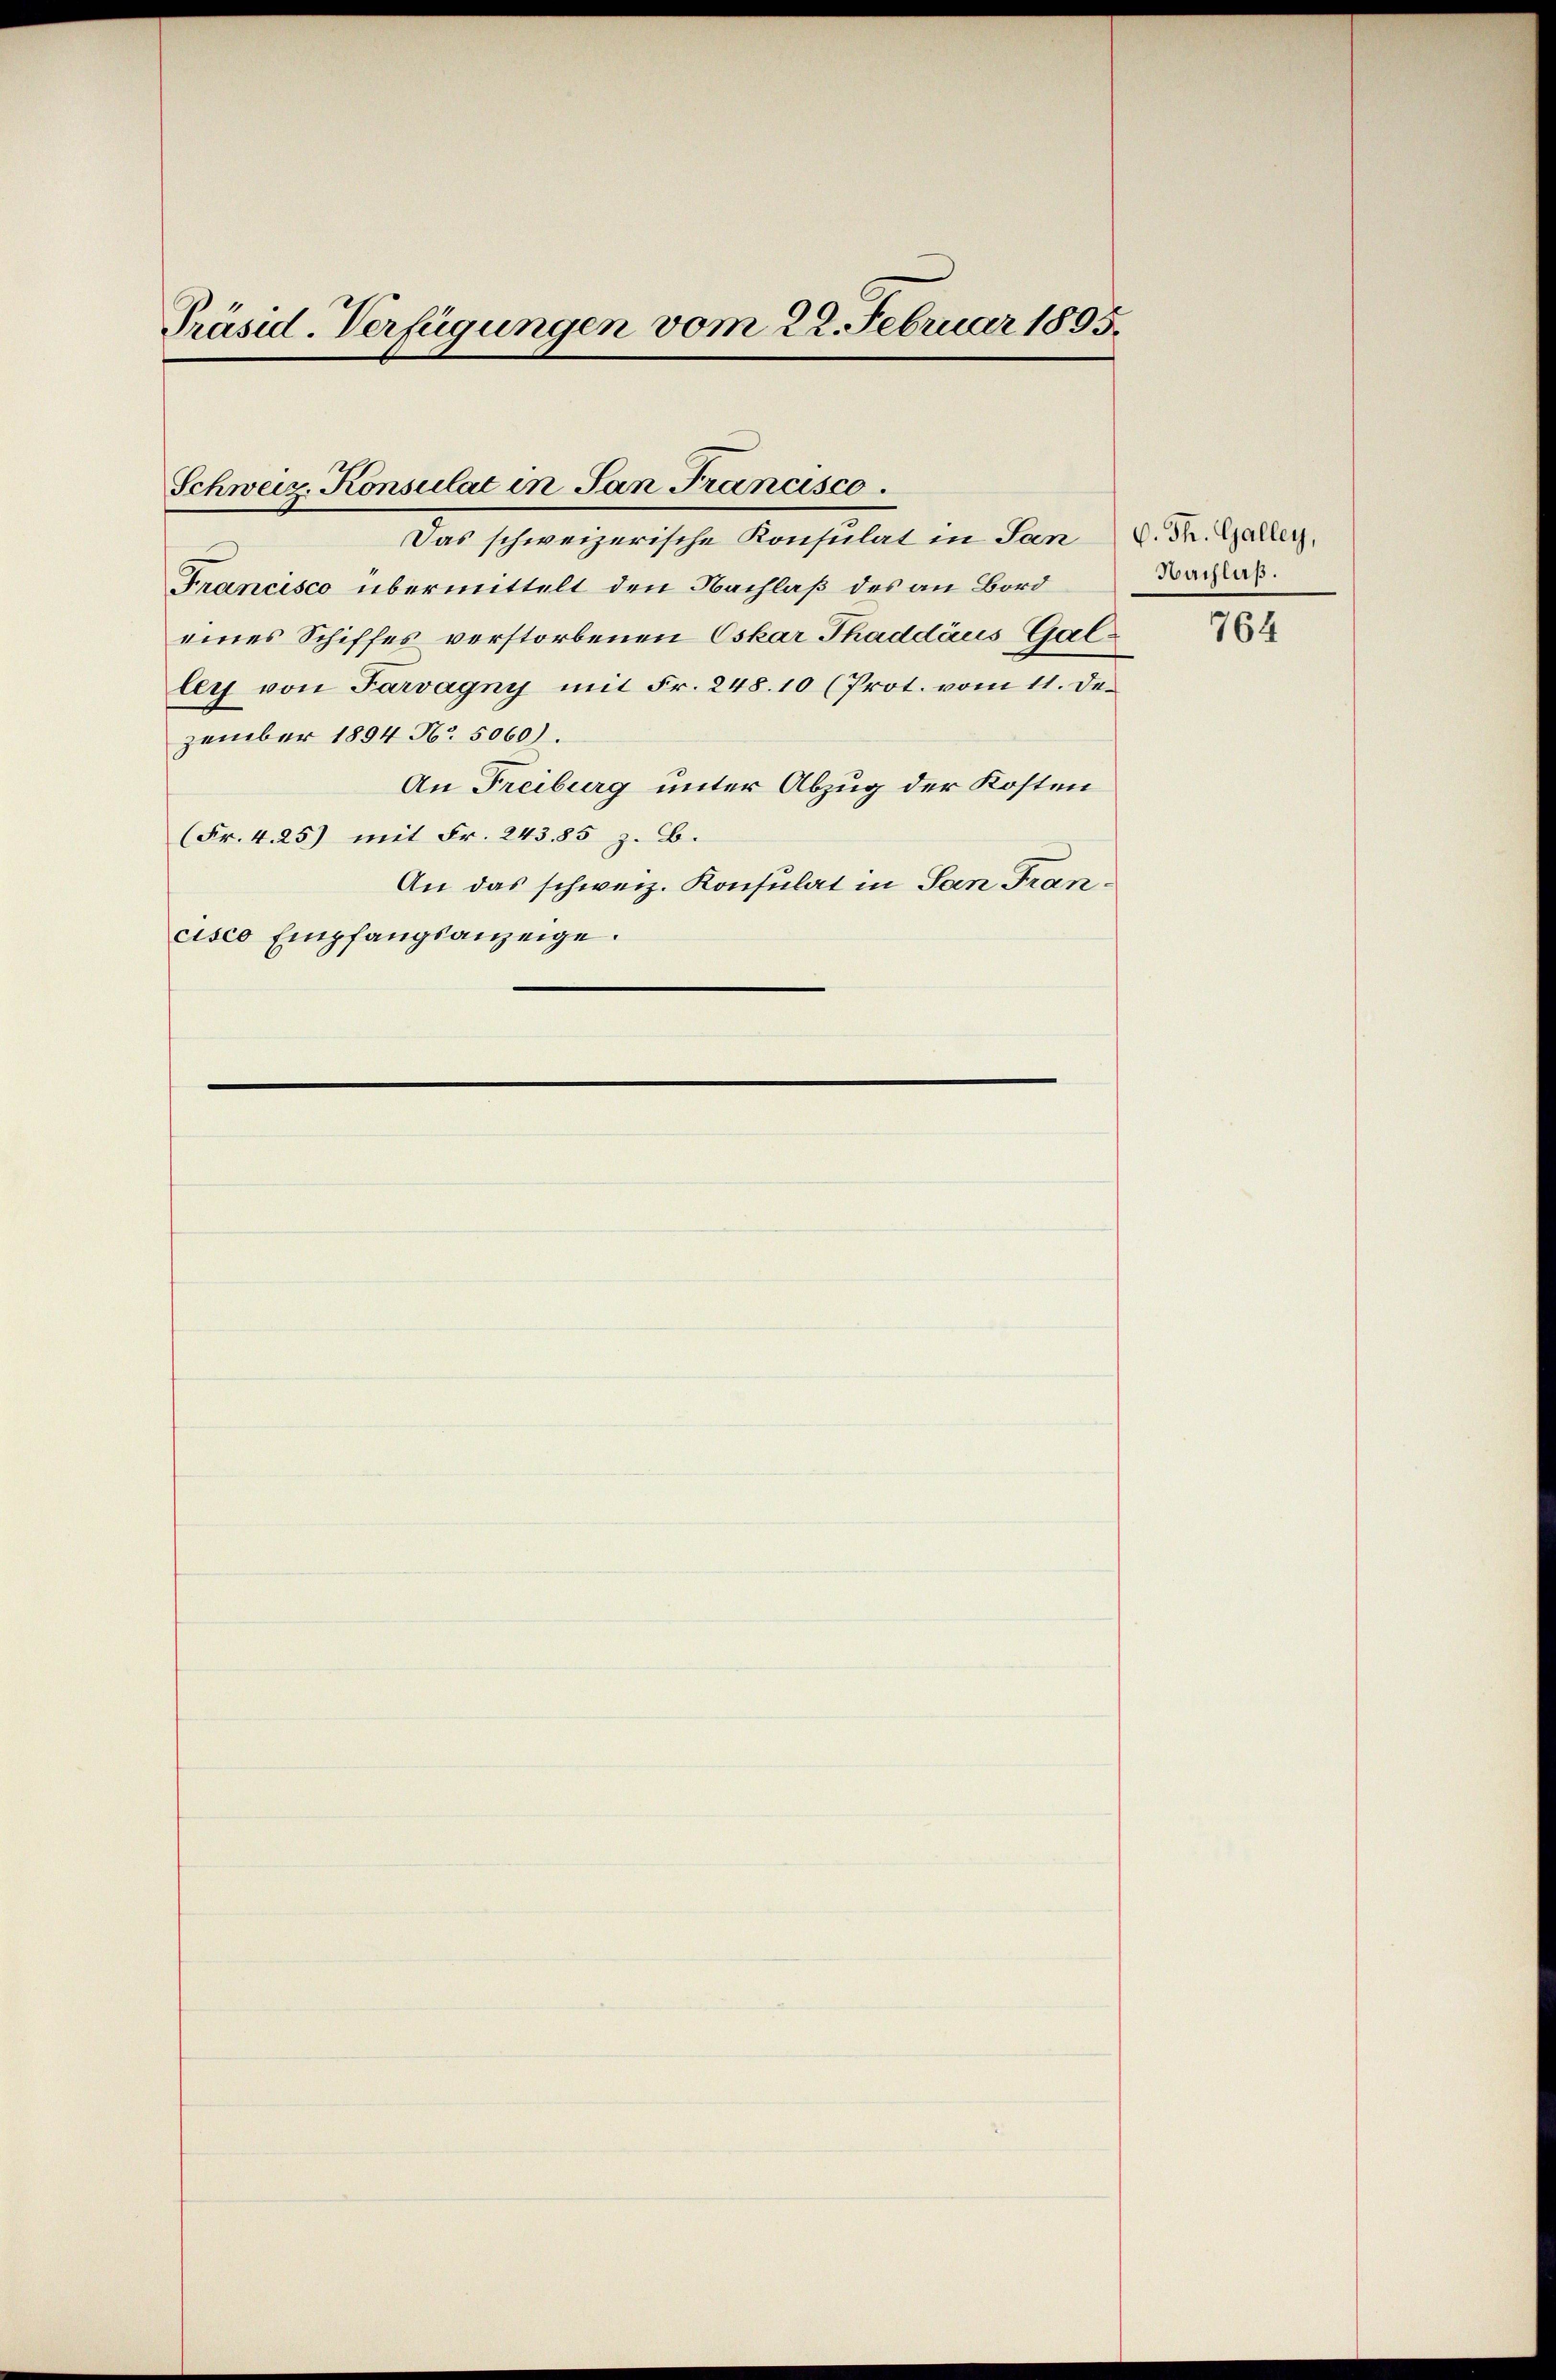
Präsid. Verfügungen vom 22. Februar 1895.

Das schweizerische Konsulat in Sand. Dr. Galler,
Francisco übermittelt den Nachlaß des an Bord
eines Schiffes verstorbenen Oskar Thaddäus Galley von Farvagny mit Fr. 248. 10 (Prot. vom 11. de
zember 1894 No. 5060).
An Freiburg unter Abzug der Kosten
(Fr. 4 25) mit Fr. 24385 z. B.
An das schweiz. Konsulat in San Francisco Empfangsanzeige.

Schweiz. Konsulat in San Francisco

Nachlaß.

764